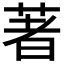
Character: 著